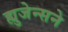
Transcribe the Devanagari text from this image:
ह्युजेन्सने